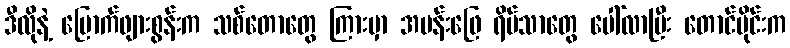
ဒီလိုနဲ့ မြောက်ဖျားစွန်းက သစ်တောတွေ ကြားမှာ အပန်းဖြေ ရိပ်သာတွေ ပေါ်လာပြီး တောင်ပိုင်းက